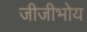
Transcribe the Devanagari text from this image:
जीजीभोय